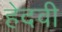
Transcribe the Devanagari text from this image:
हेदवी